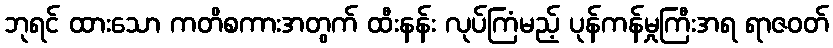
ဘုရင် ထားသော ကတိစကားအတွက် ထီးနန်း လုပ်ကြံမည့် ပုန်ကန်မှုကြီးအရ ရာဇဝတ်